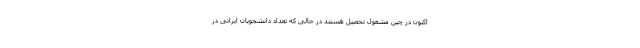
اکنون در چین مشغول تحصیل هستند در حالی که تعداد دانشجویان ایرانی در